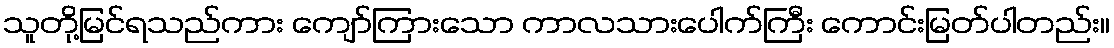
သူတို့မြင်ရသည်ကား ကျော်ကြားသော ကာလသားပေါက်ကြီး ကောင်းမြတ်ပါတည်း။